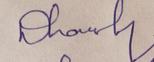
Signature authenticity: genuine